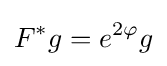
F^{*}g=e^{2\varphi }g